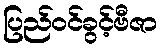
ပြည်ဝင်ခွင့်ဗီဇာ